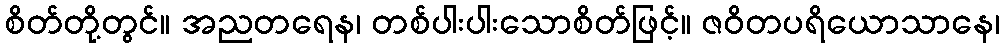
စိတ်တို့တွင်။ အညတရေန၊ တစ်ပါးပါးသောစိတ်ဖြင့်။ ဇဝိတပရိယောသာနေ၊